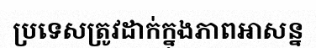
ប្រទេសត្រូវដាក់ក្នុងភាពអាសន្ន